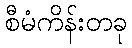
စီမံကိန်းတခု